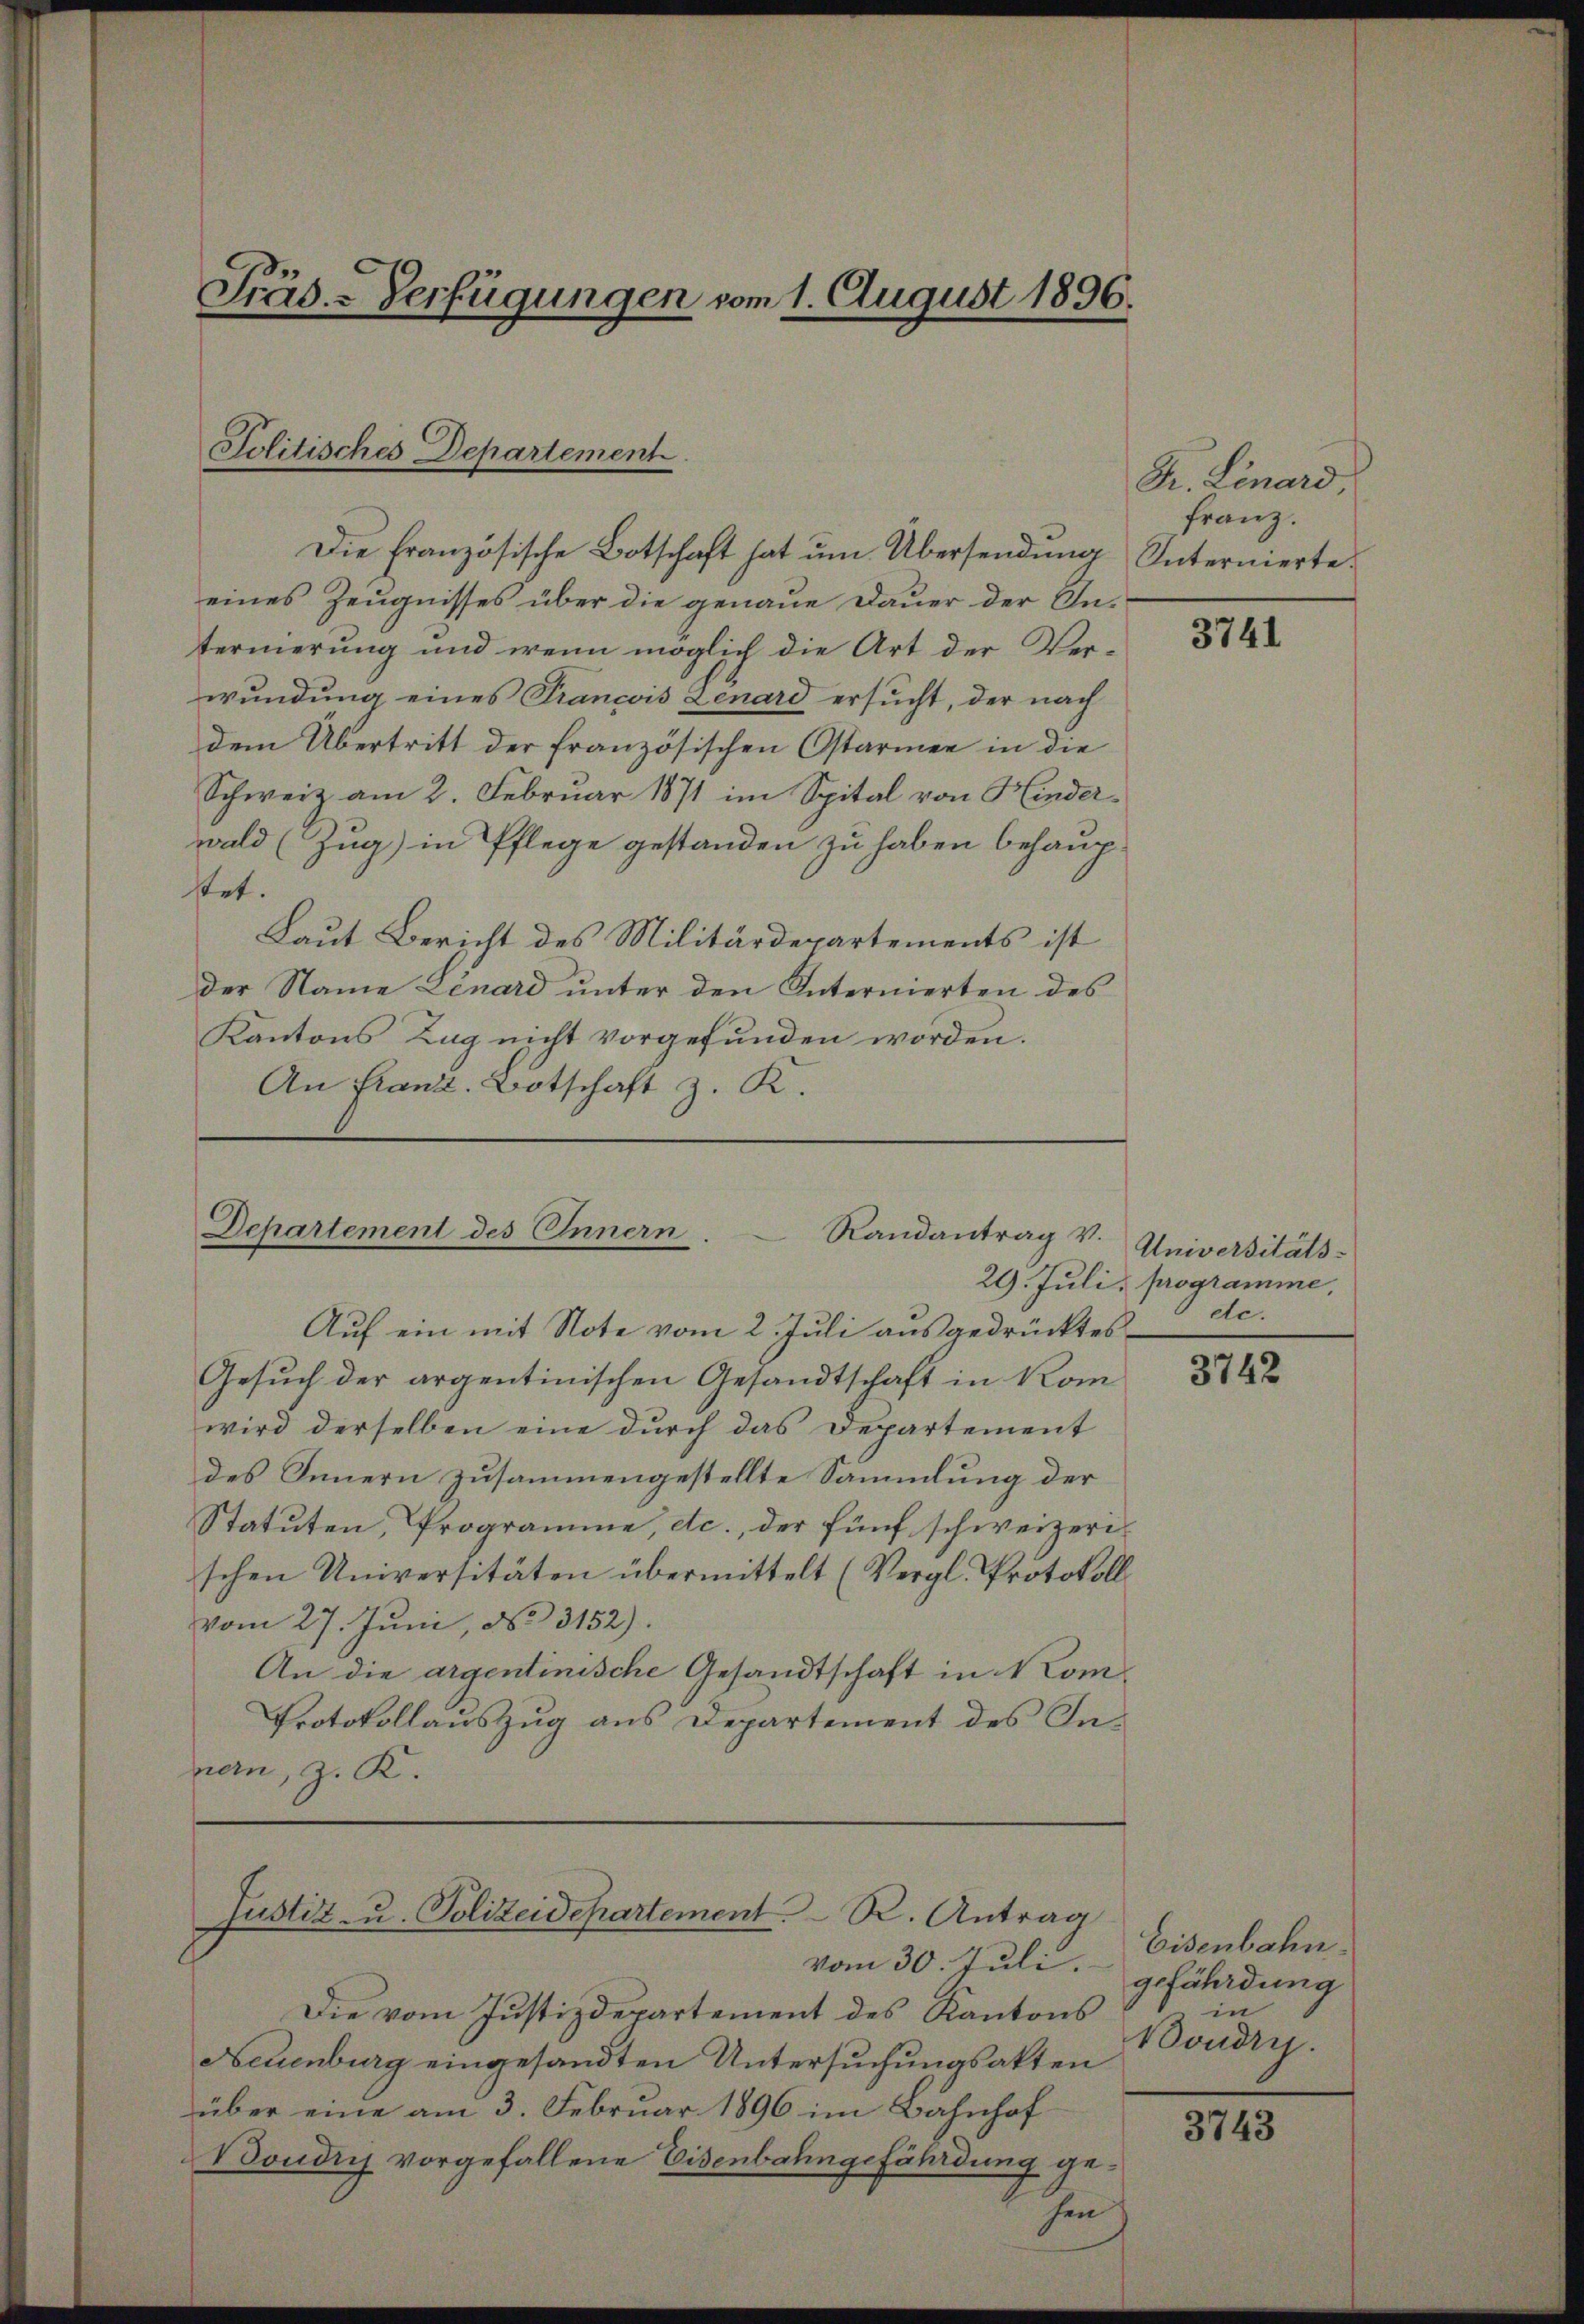
Prüs-Verfügungen vom 1. August 1896.

Politisches Departement.

Die Französische Botschaft hat um Übersendung
eines Zeugnisses über die genaue Dauer der In-
ternierung und wenn möglich die Art der Verwundung eines Trancois Lenard ersucht, der nach
dem Übertritt der französischen Ostarmen in die
Schweiz am 2. Februar 1871 im Spital von Hinderwald (Zug) in Pflege gestanden zu haben behaup-
stet.
Laut Bericht des Militärdepartements ist
der Name Lenard unter den Internierten des
Kantons Lag nicht vorgefŭnden worden.
An Franz. Botschaft z. K.

Departement des Innern. Randantrag v.

Justiz- u. Polizeidepartement. R. Antrag
vom 30. Juli.

Auf ein mit Note vom 2. Juli ausgedrücktes
Gesŭch der argentinischen Gesandtschaft in Kom
wird derselben eine durch das Departement
des Innern zusammengestellte Sammlung der
Statuten, Programme, etc., der fünf schweizerischen Universitäten übermittelt (Vergl. Protokoll
vom 27. Juni, No 3152).
An die argentinische Gesandtschaft in Nom¬
Protokollauszug aus Departement des Innen, z. K.

Die vom Justizdepartement des Kantons
Neuenburg eingesandten Untersuchungsakten
über eine am 3. Februar 1896 im Bahnhof
Boudry vorgefallene Eisenbahngefährdung geihen

Dr. Linard
Franz.
Internierte.

3741

Universitäts-
29. Juli, programme
dc.

3742

Eisenbahn.
gefährdung
in
Boudry.

3743